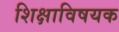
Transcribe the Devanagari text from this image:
शिक्षाविषयक